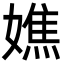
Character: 嫶